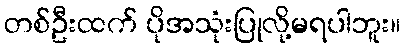
တစ်ဦးထက် ပိုအသုံးပြုလို့မရပါဘူး။